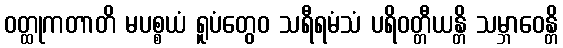
ဝတ္ထုကတာတိ မပစ္စယံ ရူပံတွေဝ သရီရမံသံ ပရိဝတ္တီယန္တိ သမ္ဘာဝေန္တိ